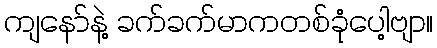
ကျနော်နဲ့ ခက်ခက်မာကတစ်ခုံပေါ့ဗျာ။